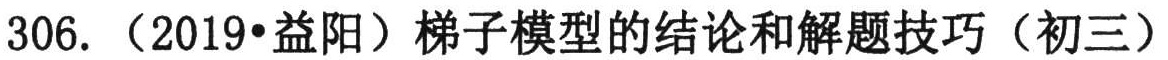
306. （2019•益阳）梯子模型的结论和解题技巧（初三）